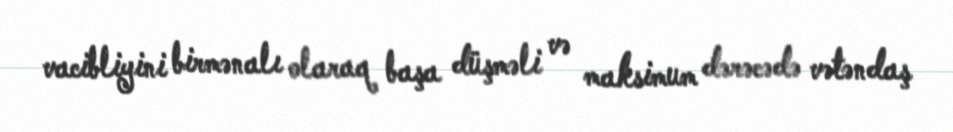
vacibliyini birmənalı olaraq başa düşməli və maksimum dərəcədə vətəndaş